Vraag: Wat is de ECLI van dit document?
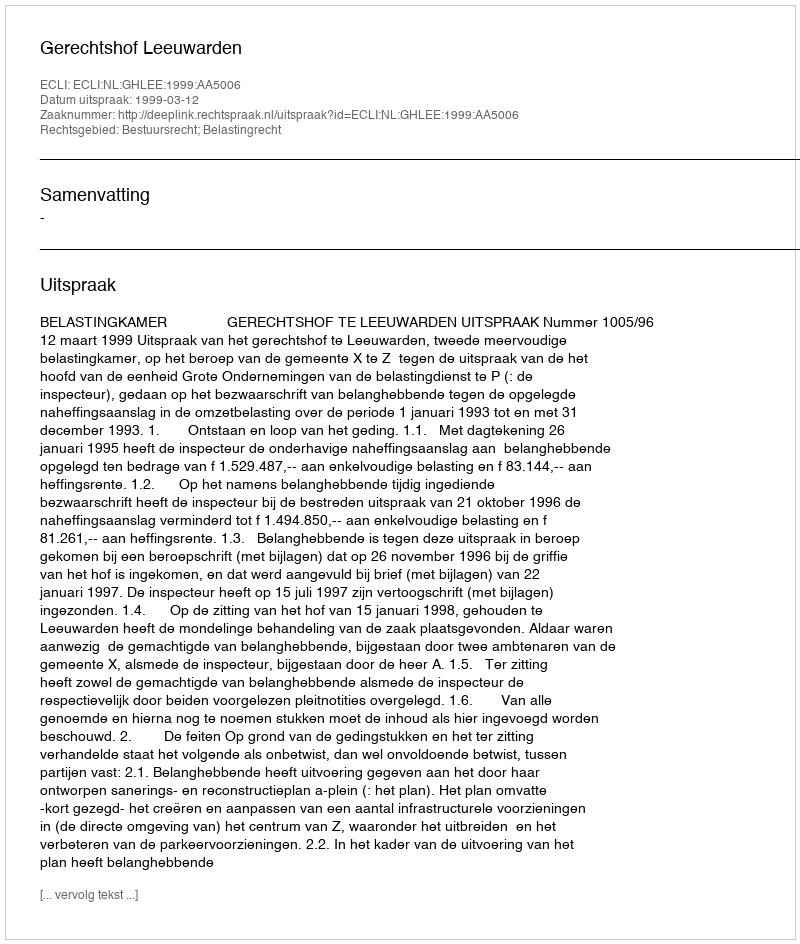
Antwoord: ECLI:NL:GHLEE:1999:AA5006